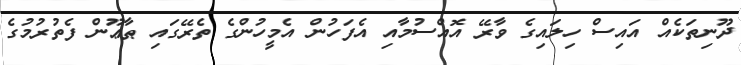
ދޫނިތަކެއް އައިސް ހިލައިގެ ވާރޭ އޮއްސުމާއި އެފަހުން އެމީހުންގެ ތެރޭގައި ޠާޢޫން ފެތުރުމުގެ